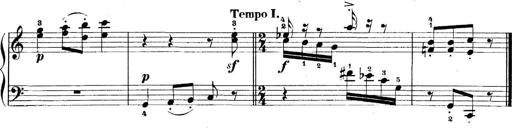
Title: 5 Sonatinas
Composer: Theodor Kirchner